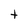
Character: t